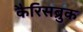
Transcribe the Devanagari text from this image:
कैरिसब्रुक